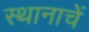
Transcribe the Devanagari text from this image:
स्थानाचें